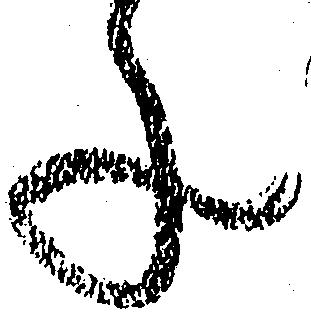
ね